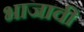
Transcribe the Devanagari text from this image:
भाजावी